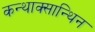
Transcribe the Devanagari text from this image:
कन्थाक्सान्थिन